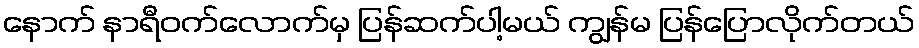
နောက် နာရီဝက်လောက်မှ ပြန်ဆက်ပါ့မယ် ကျွန်မ ပြန်ပြောလိုက်တယ်